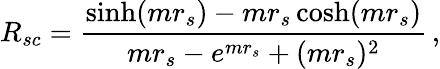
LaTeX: R_{sc}=\frac{\sinh(mr_{s})-mr_{s}\cosh(mr_{s})}{mr_{s}-e^{mr_{s}}+(mr_{s})^{2}}\, ,